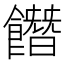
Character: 䭙